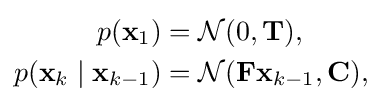
{\begin{aligned}p(\mathbf {x} _{1})&={\mathcal {N}}(0,\mathbf {T} ),\\p(\mathbf {x} _{k}\mid \mathbf {x} _{k-1})&={\mathcal {N}}(\mathbf {F} \mathbf {x} _{k-1},\mathbf {C} ),\end{aligned}}